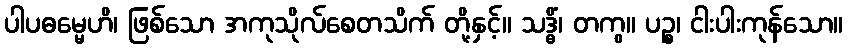
ပါပဓမ္မေဟိ၊ ဖြစ်သော အကုသိုလ်စေတသိက် တို့နှင့်။ သဒ္ဓိံ၊ တကွ။ ပဉ္စ၊ ငါးပါးကုန်သော။